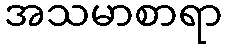
အသမာစာရာ